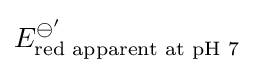
E_{\text{red apparent at pH 7}}^{\ominus '}